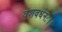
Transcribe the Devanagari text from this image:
वंशवर्धनः।।